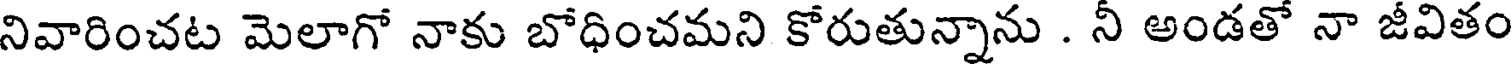
నివారించట మెలాగో నాకు బోధించమని కోరుతున్నాను . నీ అండతో నా జీవితం